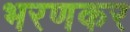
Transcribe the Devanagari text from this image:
भरणकर